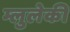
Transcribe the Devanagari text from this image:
म्लुलेकी